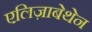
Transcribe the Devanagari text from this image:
एलिज़ाबेथेन